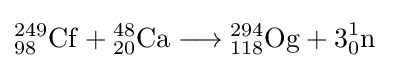
{\begin{aligned}{{\mathrm {^{249}_{98}Cf} }{}+{}{\mathrm {^{48}_{20}Ca} }{}\mathrel {\longrightarrow } {}}&{{\mathrm {^{294}_{118}Og} }{}+{}3{\vphantom {A}}_{\smash[{t}]{0}}^{1}\mathrm {n} }\end{aligned}}